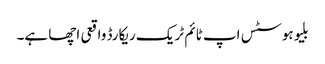
بلیوہوسٹس اپ ٹائم ٹریک ریکارڈ واقعی اچھا ہے۔